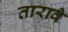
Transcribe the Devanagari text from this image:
तारावे